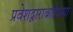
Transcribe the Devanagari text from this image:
प्रवेशद्वाराबाहेरच्या